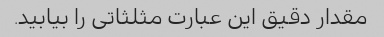
مقدار دقیق این عبارت مثلثاتی را بیابید.